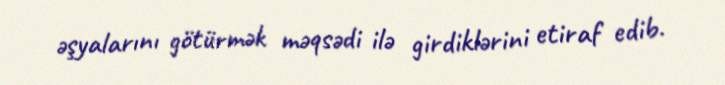
əşyalarını götürmək məqsədi ilə girdiklərini etiraf edib.